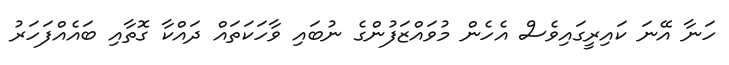
ހަނާ އޭނަ ކައިރީގައިވެސް އެހެން މުވައްޒަފުންގެ ނުބައި ވާހަކަތައް ދައްކާ ގޮތާއި ބައެއްފަހަރު